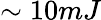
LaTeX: \sim 10mJ